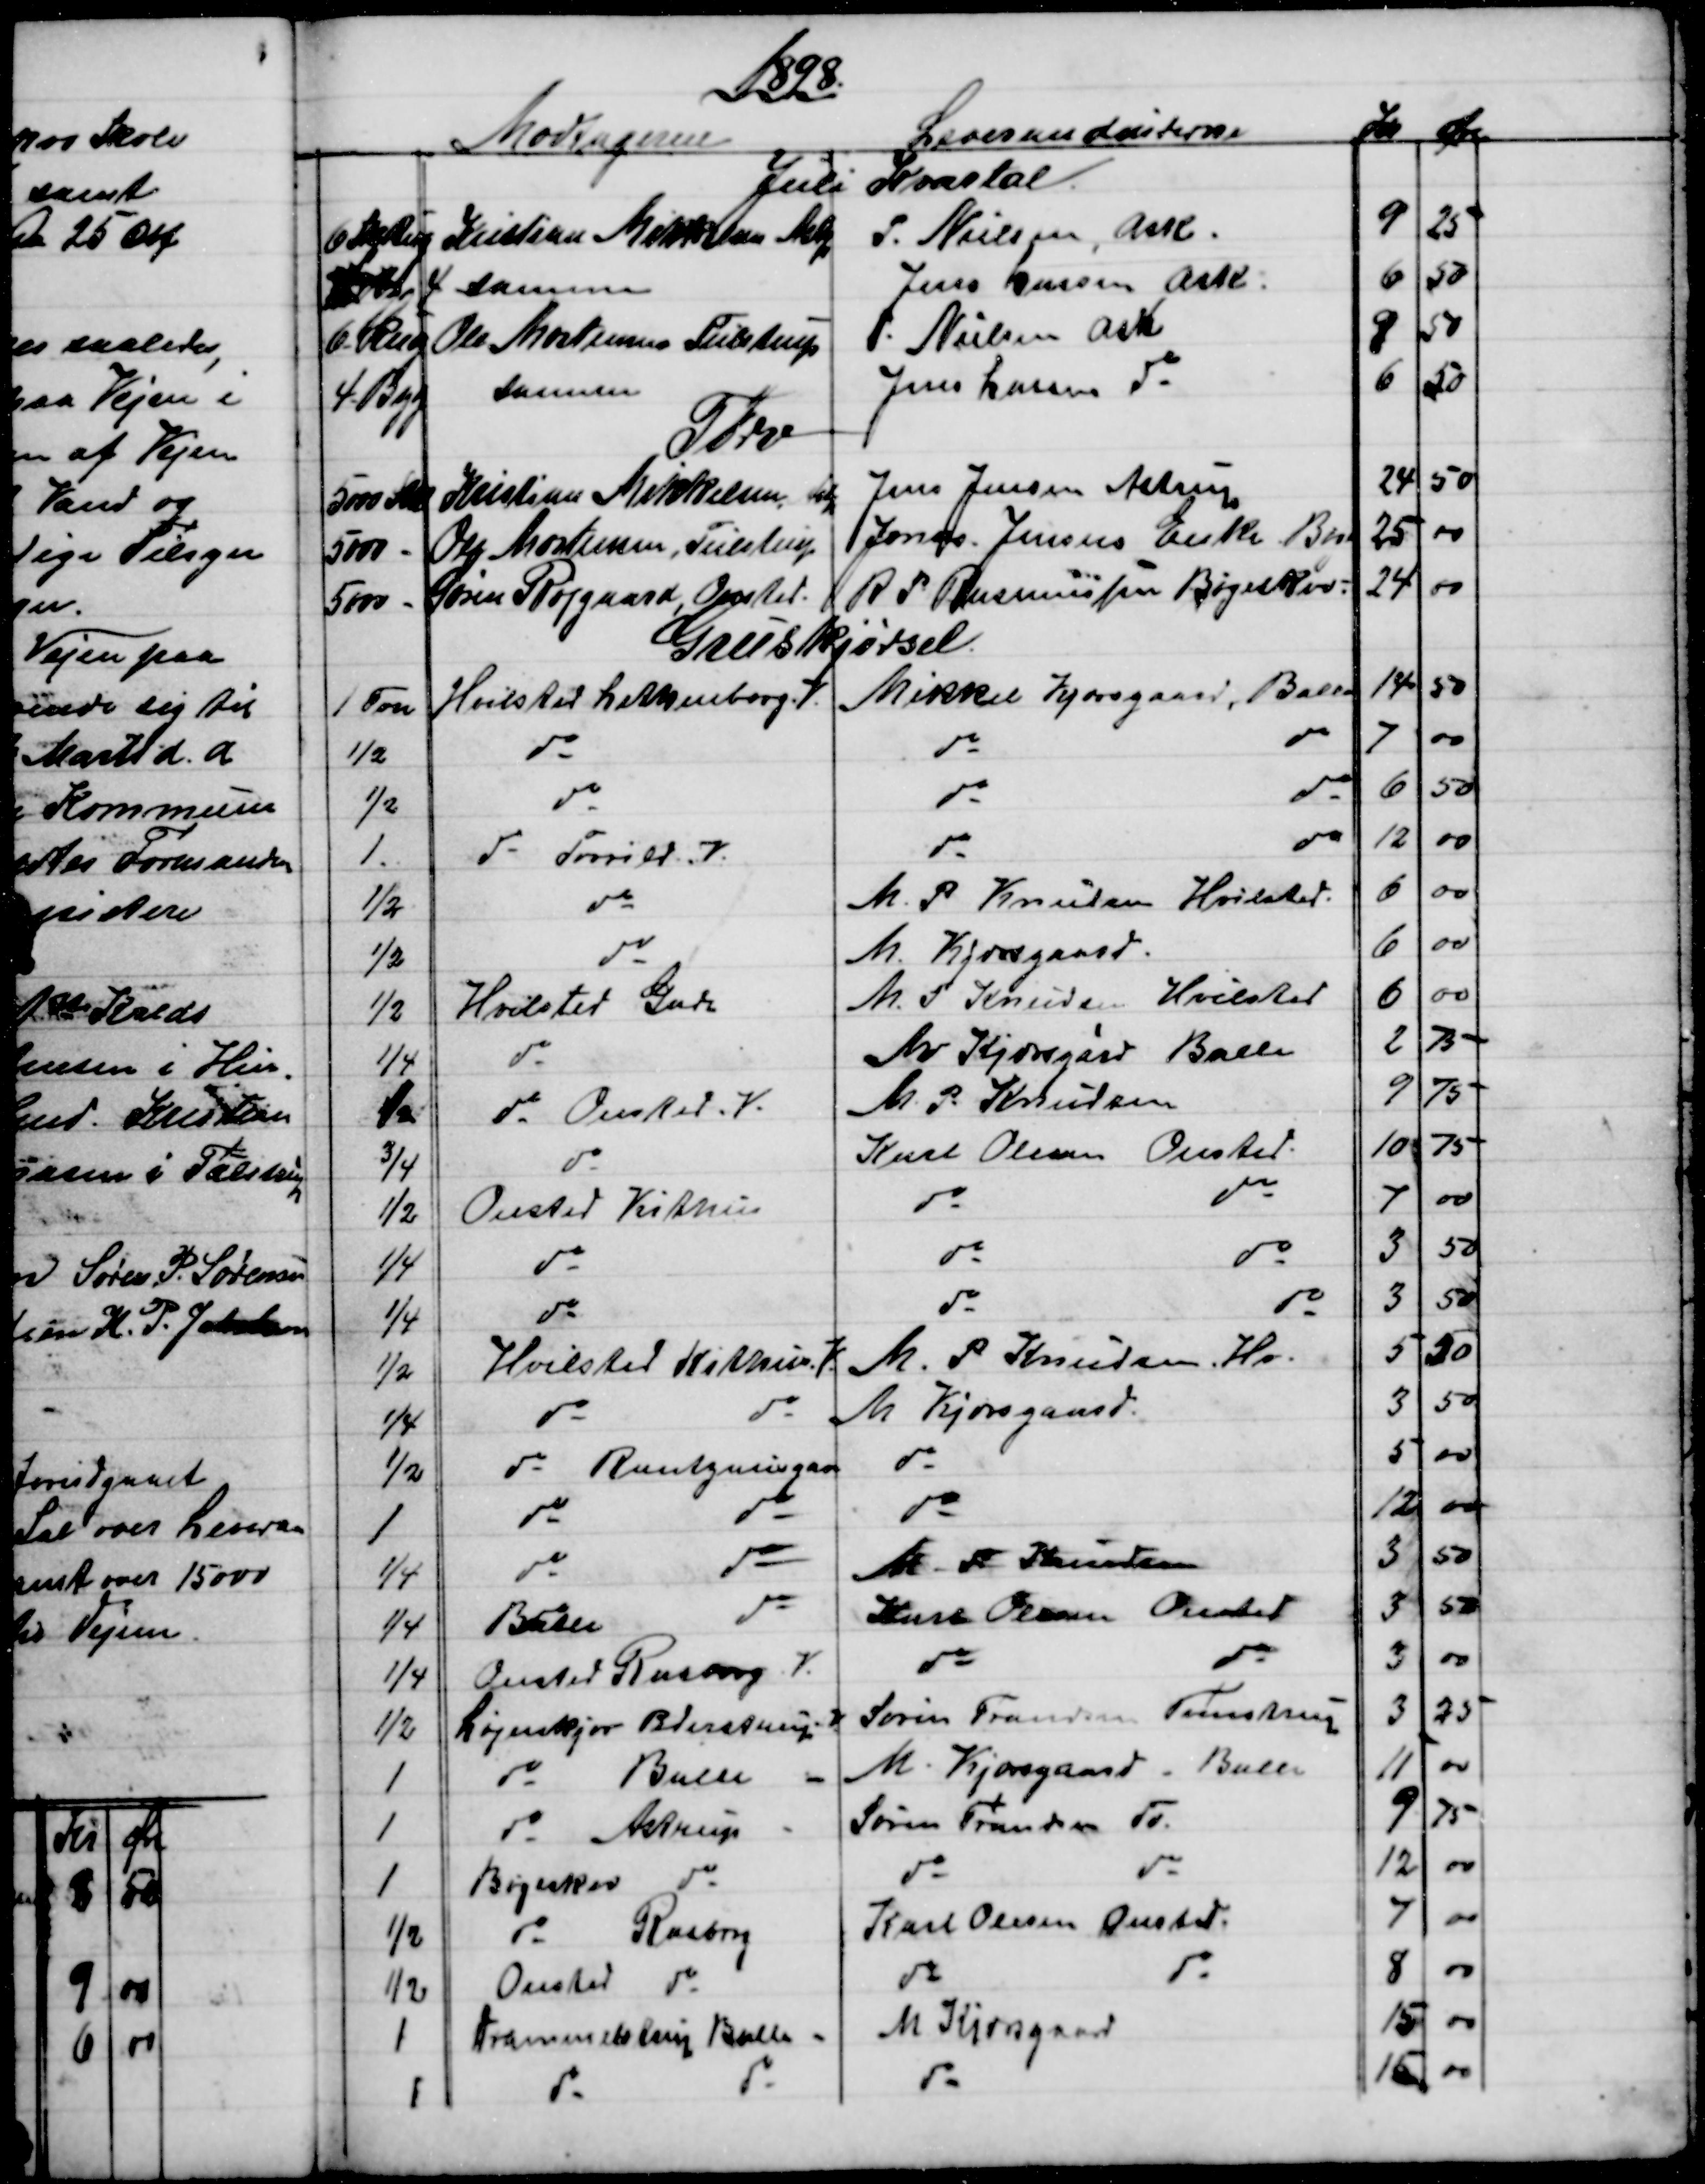
Transskription:
1898.
Modtagerne
Leverandeurerne
Kr  
Øre
Juli Kvartal
6 Skp Rug
Kristian Mikkelsen Astp
P. Nielsen, Ask.
9
25
 - Byg 4
samme
Jens Lassen Ask.
6
50
6 - Rug
Ole Mortensen Tulstrup
P. Nielsen Ask
9
50
4 - Byg
samme
Jens Lassen do
6
50
Tørv
5000 Stk
Kristian Mikkelsen Astp
Jens Jensen Astrup
24
50
5000 -
Ole Mortensen, Tulstrup
Jonas Jensens Enke Bøge
25
00
5000 -
Søren Røjgaard, Onsted.
R P Rasmussen Bøgeskov.
24
00
Gruskjørsel
1 Fvn
Hvilsted Lethenborg. V.
Mikkel Kjærsgaard, Balle
14
50
½
do
do
do
7
00
½
do
do
do
6
50
1.
do Torrild. V.
do
do
12
00
½
do
M. P. Knudsen Hvilsted.
6
00
½
do
M. Kjærsgaard
6
00
½
Hvilsted Gade
M. P Knudsen Hvilsted
6
00
¼
do
M Kjærsgard Balle
2
75
½
do Onsted. V.
M. P. Knudsen
9
75
¾
do
Karl Olesen Onsted
10
75
½
Onsted Kithus
do
do
7
00
¼
do
do
do
3
50
¼
do
do
do
3
50
½
Hvilsted Kithus V.
M. P Knudsen, Hv.
5
50
¼
do
do
M Kjærsgaard.
3
50
½
do Rantzausgave 
do
5
00
1
do
do
do
12
00
¼
do
do
M. P. Knudsen
3
50
¼
Balle
do
Karl Olesen Onsted
3
50
¼
Onsted Rasborg V.
do
do
3
00
½
Løjenkjær Pederstrup V.
Søren Frandsen Tvenstrup
3
25
1
do
Balle -
M. Kjærsgaard Balle
11
00
1
do Astrup -
Søren Frandsen do
9
75
1
Bøgeskov  do
do
do
12
00
½
do Rasborg
Karl Olesen Onsted.
7
00
½
Onsted  do
do
do
8
00
1
Drammelstrup Balle -
M Kjærsgaard
15
00
1
do
do
do
15
00